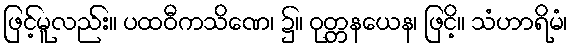
ဖြင့်မူလည်း။ ပထဝီကသိဏေ၊ ၌။ ဝုတ္တနယေန၊ ဖြငိ့။ သံဟာရိမံ၊